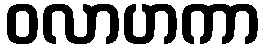
ဝလာဟကာ